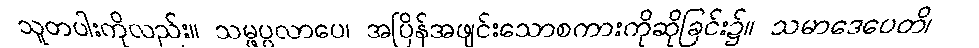
သူတပါးကိုလည်း။ သမ္ဖပ္ပလာပေ၊ အပြိန်အဖျင်းသောစကားကိုဆိုခြင်း၌။ သမာဒေပေတိ၊